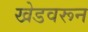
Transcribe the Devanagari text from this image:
खेडवरून